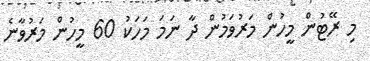
މި ރޭޓުން މީހުން މަރުވަމުން ދާ ނަމަ މަހަކު 60 މީހުން މަރުވާނެ